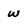
Character: W